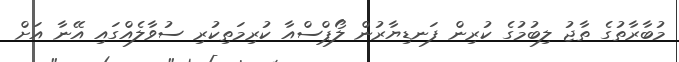
މުބާރާތުގެ ތާޖު ލިބުމުގެ ކުރިން ފަނޑިޔާރުން ލޯޕްސްއާ ކުރިމަތިކުރި ސުވާލެއްގައި އޭނާ އަށް